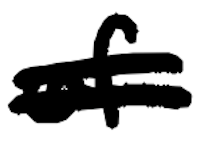
Text: of
Cross-out: double-line
Writing tool: digital_black